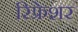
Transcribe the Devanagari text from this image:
रिफ्रेशर